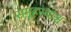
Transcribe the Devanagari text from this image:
समूहस्थाश्च